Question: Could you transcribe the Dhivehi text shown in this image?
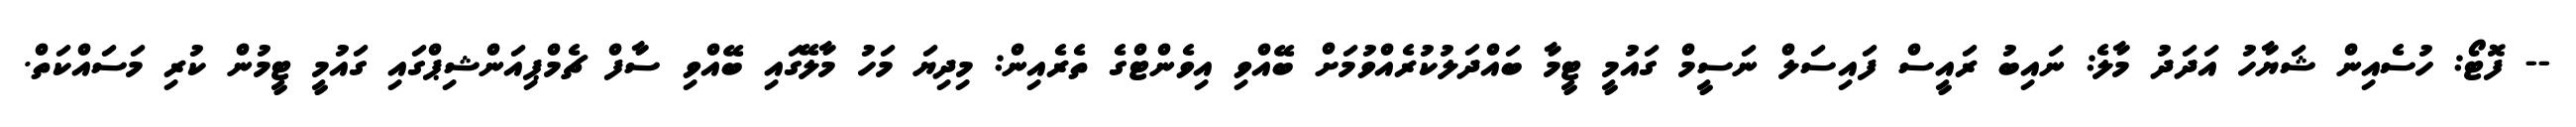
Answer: -- ފޮޓޯ: ހުސެއިން ޝަޔާހު އަދަދު މާލެ: ނައިބު ރައީސް ފައިސަލް ނަސީމް ގައުމީ ޓީމާ ބައްދަލުކުރެއްވުމަށް ބޭއްވި އިވެންޓްގެ ތެރެއިން: މިދިޔަ މަހު މާލޭގައި ބޭއްވި ސާފް ޗެމްޕިއަންޝިޕްގައި ގައުމީ ޓީމުން ކުރި މަސައްކަތް.